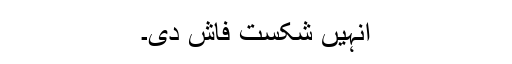
انہیں شکستِ فاش دی۔